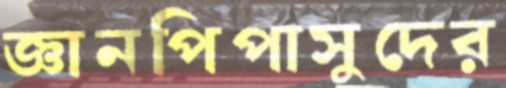
জ্ঞানপিপাসুদের